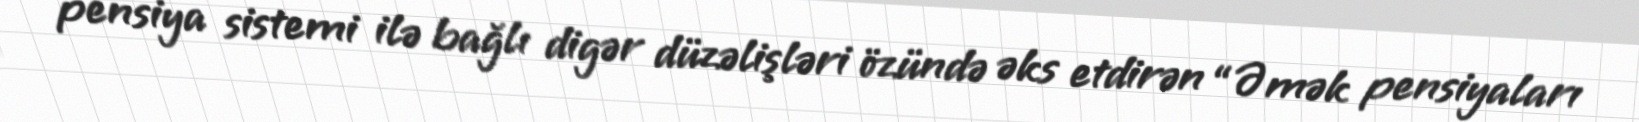
pensiya sistemi ilə bağlı digər düzəlişləri özündə əks etdirən “Əmək pensiyaları